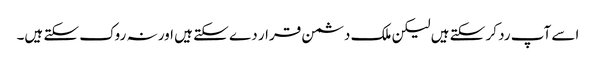
اسے آپ رد کر سکتے ہیں لیکن ملک دشمن قرار دے سکتے ہیں اور نہ روک سکتے ہیں۔